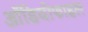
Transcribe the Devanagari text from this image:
ऑडियोफाइल